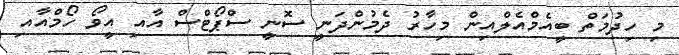
މި ހިދުމަތް ބީއެމްއެލްއިން މިހާރު ދެމުންދަނީ ސޮނީ ސްޕޯޓްސް އާއި އީވޯ ހޯމްއާއި